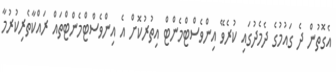
އެގޮތުން ދެ ގައުމުގެ ދެމެދުގައި ކުރެވޭ އިންވެސްޓްމެންޓް އިތުރުކޮށް އެ އިންވެސްޓްމެންޓްތައް ރައްކާތެރިކުރުމާ